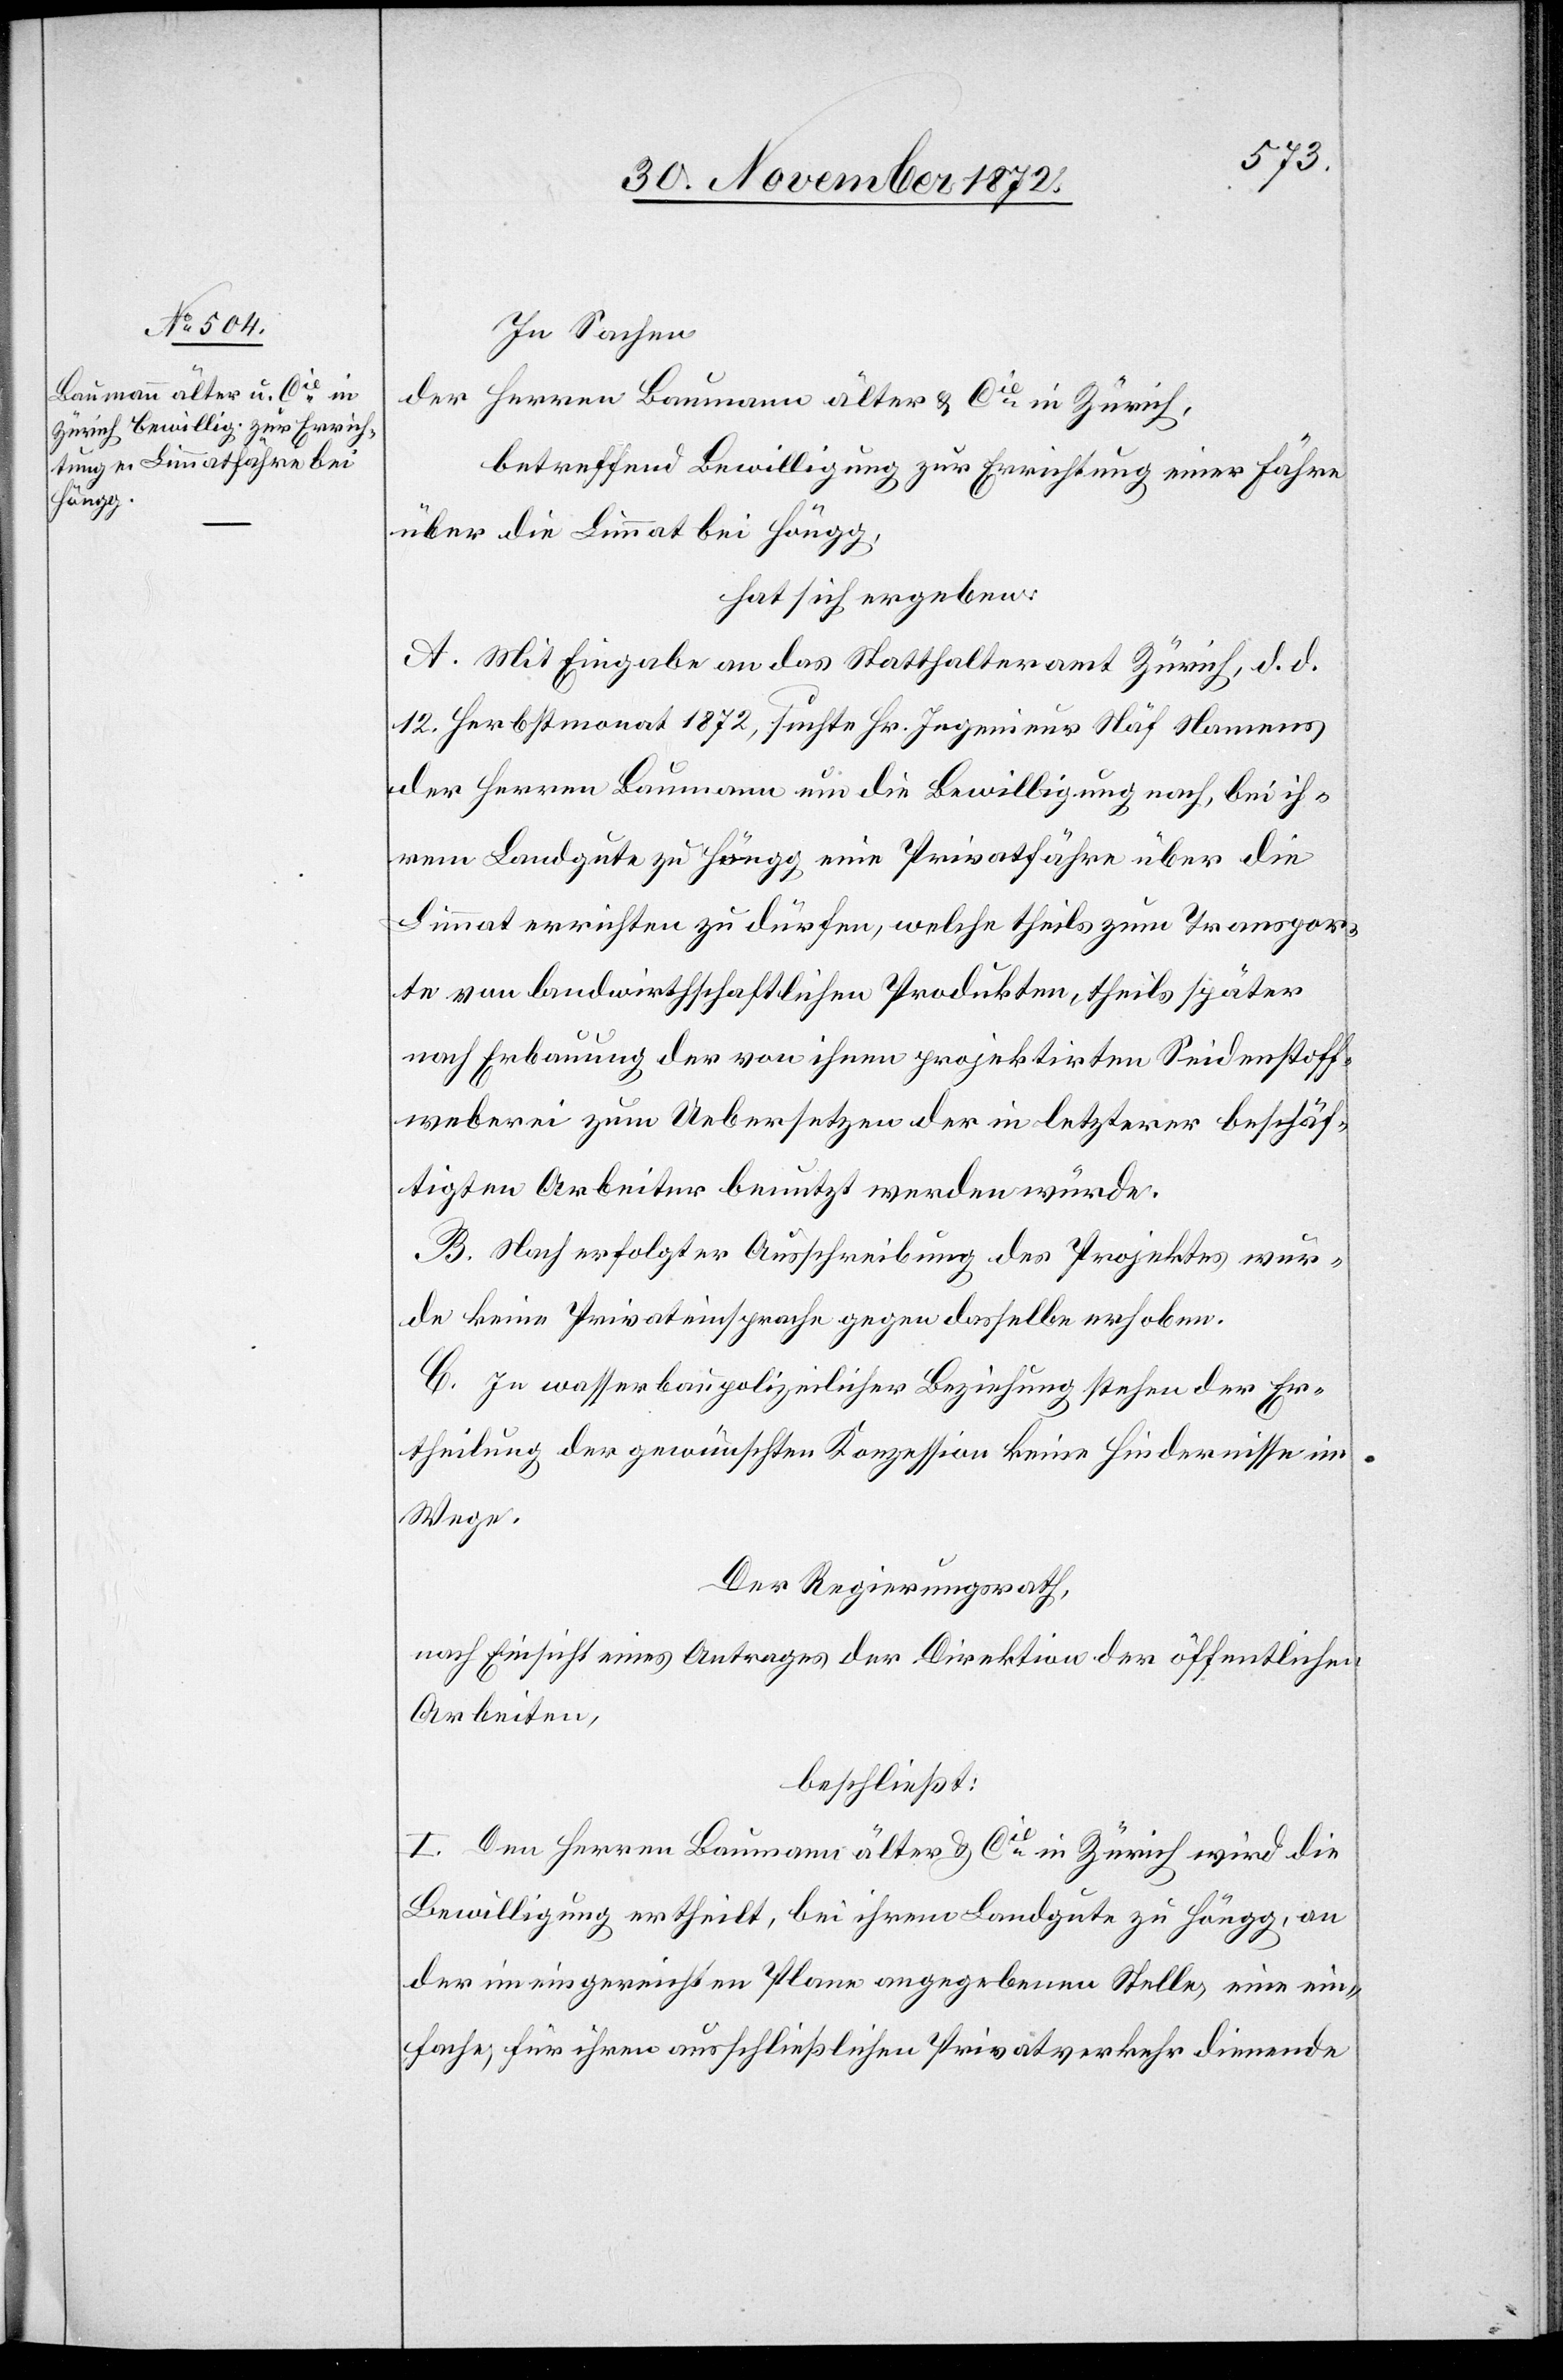
In Sachen
der Herren Baumann älter u. Cie in Zürich,
betreffend Bewilligung zur Errichtung einer Fähre
über die Limmat bei Höngg,
hat sich ergeben:
A. Mit Eingabe an das Statthalteramt Zürich, d. d.
12. Herbstmonat 1872, suchte Hr. Ingenieur Näf Namens
der Herren Baumann um die Bewilligung nach, bei ih¬
rem Landgute zu Höngg eine Privatfähre über die
Limmat errichten zu dürfen, welche theils zum Transpor¬
te von landwirthschaftlichen Produkten, theils später
nach Erbauung der von ihnen projektirten Seidenstoff¬
weberei zum Uebersetzen der in letzterer beschäf¬
tigten Arbeiter benutzt werden würde.
B. Nach erfolgter Ausschreibung des Projektes wur¬
de keine Privateinsprache gegen dasselbe erhoben.
C. In wasserbaupolizeilicher Beziehung stehen der Er¬
theilung der gewünschten Konzession keine Hindernisse im
Wege.
Der Regierungsrath,
nach Einsicht eines Antrages der Direktion der öffentlichen
Arbeiten,
beschließt:
I. Den Herren Baumann älter u. Cie in Zürich wird die
Bewilligung ertheilt, bei ihrem Landgute zu Höngg, an
der im eingereichten Plane angegebenen Stelle, eine ein¬
fache, für ihren ausschließlichen Privatverkehr dienende